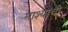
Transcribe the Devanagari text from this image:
माश्यांची